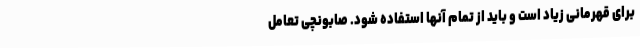
برای قهرمانی زیاد است و باید از تمام آنها استفاده شود. صابونچی تعامل